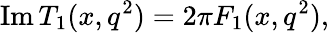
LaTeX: \mathrm{Im}\, T_{1}(x,q^{2})=2\pi F_{1}(x,q^{2}),